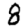
Digit: 8